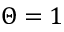
\Theta = 1